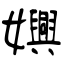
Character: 嬹